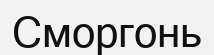
Сморгонь